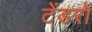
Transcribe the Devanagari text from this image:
टेंडरों